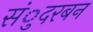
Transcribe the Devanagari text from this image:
संुदरबन